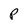
Character: P